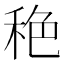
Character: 𱶅